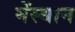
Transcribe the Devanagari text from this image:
मेंस्थान